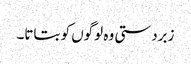
زبردستی وہ لوگوں کو بتاتا۔